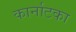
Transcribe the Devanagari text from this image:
कार्नाटका